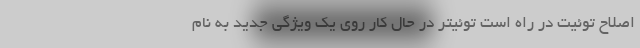
اصلاح توئیت در راه است توئیتر در حال کار روی یک ویژگی جدید به نام